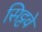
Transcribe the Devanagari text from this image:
सिट्टवे